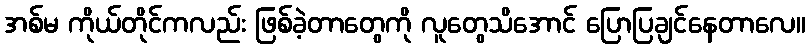
အစ်မ ကိုယ်တိုင်ကလည်း ဖြစ်ခဲ့တာတွေကို လူတွေသိအောင် ပြောပြချင်နေတာလေ။